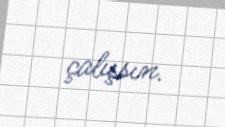
çalışsın.